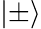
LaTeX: \lvert\pm\rangle